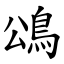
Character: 䲲